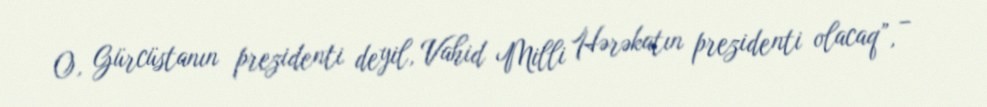
O, Gürcüstanın prezidenti deyil, Vahid Milli Hərəkatın prezidenti olacaq”, –